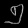
Digit: ၅